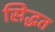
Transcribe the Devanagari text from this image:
सिद्धत